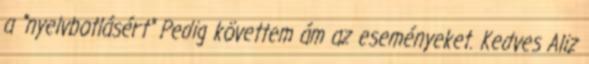
a "nyelvbotlásért" Pedig követtem ám az eseményeket. Kedves Aliz